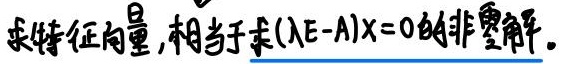
求特征向量，相当于求\((\lambda E - A)x = 0的非零解\)。